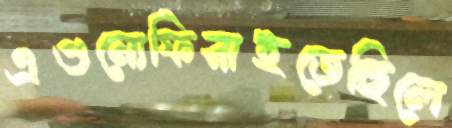
এগুনোফিরাইতেছিলে